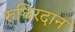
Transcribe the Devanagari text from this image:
रुधिरदान